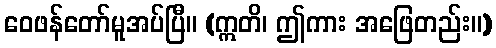
ဝေဖန်တော်မူအပ်ပြီ။ (ဣတိ၊ ဤကား အဖြေတည်း။)